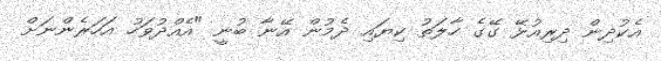
އެކުދިން ދިރިއުޅޭ ގޭގެ ހާލަތު ކިޔައި ދެމުން އޭނާ ބުނީ "އެއްދުވަހު އަހަރެންނަށް